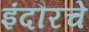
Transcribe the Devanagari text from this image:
इंदौरचे